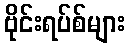
ဗိုင်းရပ်စ်များ